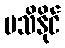
မသိနိုင်